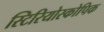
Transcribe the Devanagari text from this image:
स्टिरियोस्कोपिक